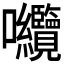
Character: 𭍘